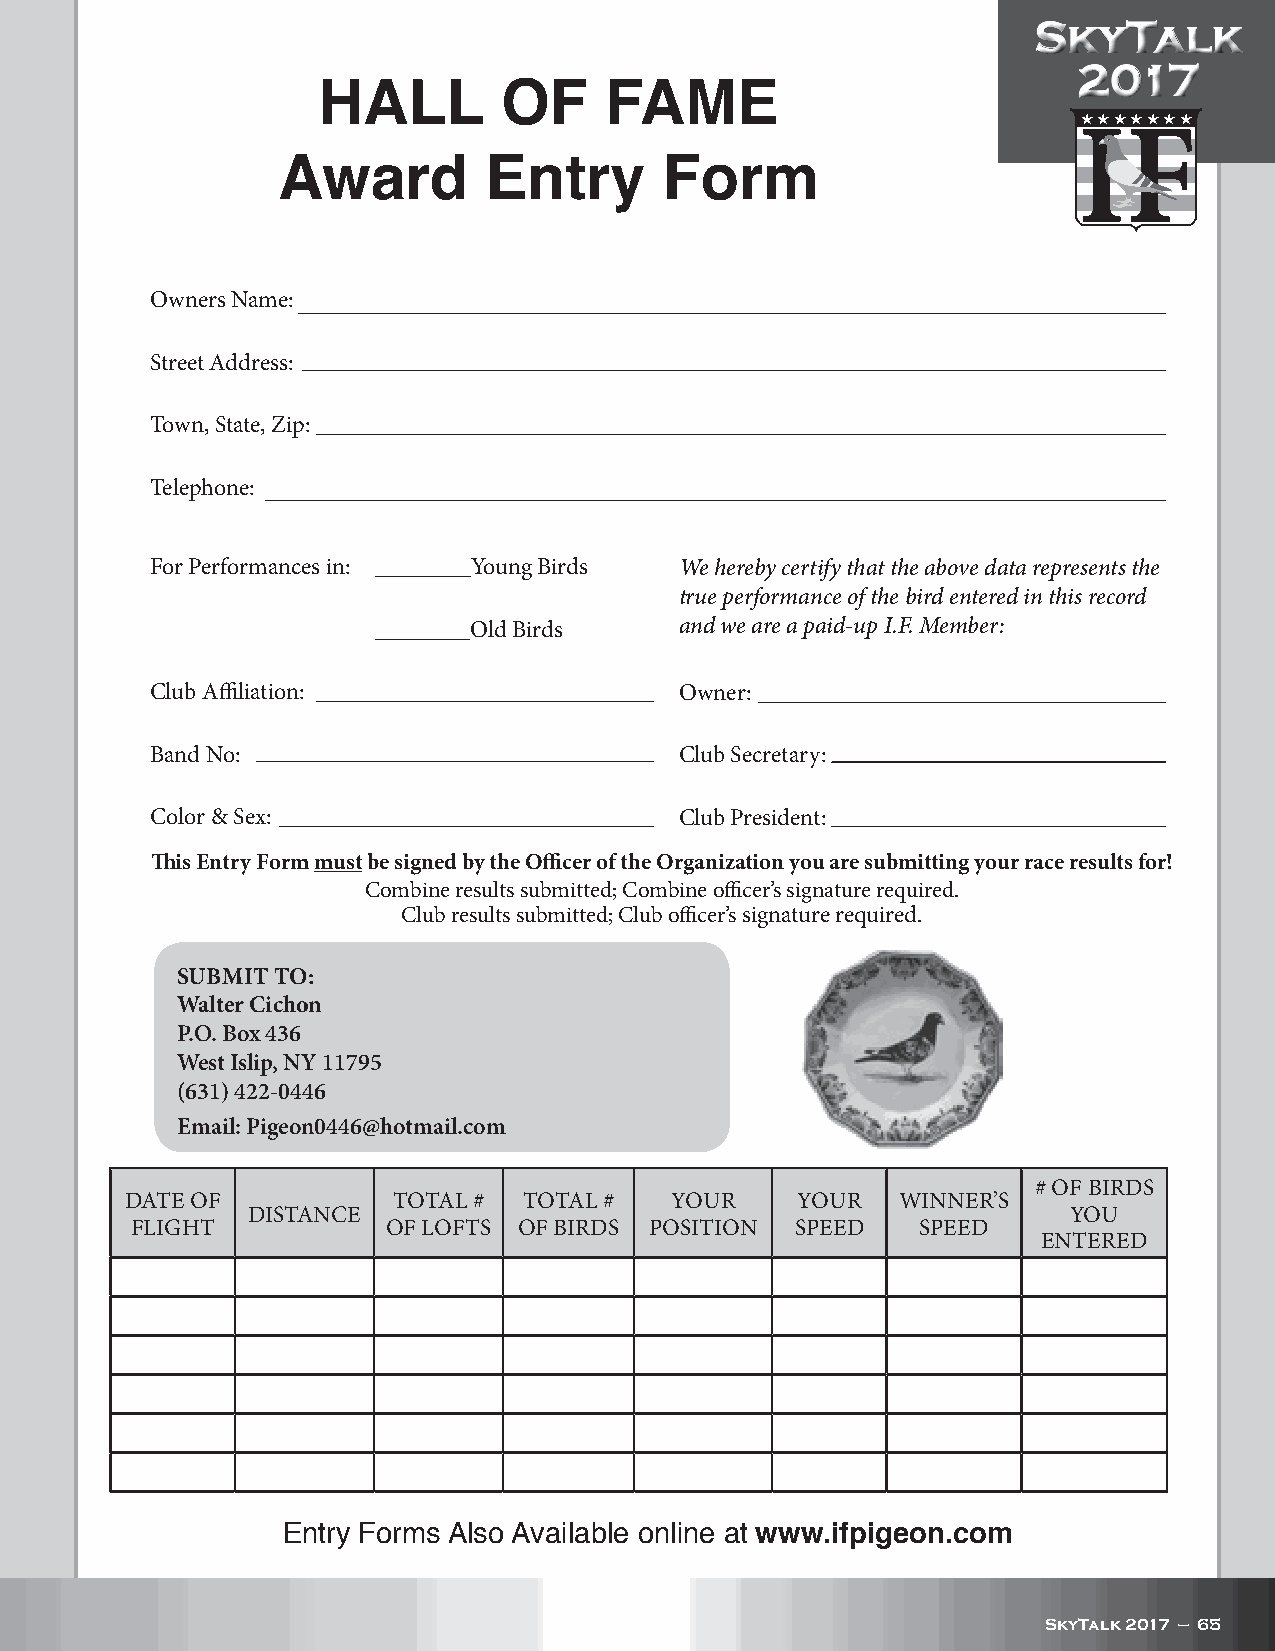
SkyTalk
 2017
 HALL        OF     FAME
 H H H H H H H
 Award         Entry       Form
 Owners Name:
 Street Address:
 Town, State, Zip:
 Telephone:
 For Performances in: ________Young Birds We hereby certify that the above data represents the
 true performance of the bird entered in this record
 ________Old Birds   and we are a paid-up I.F. Member:
 Club Affiliation:                  Owner:
 Band No:                           Club Secretary:
 Color & Sex:                       Club President:
 This Entry Form must be signed by the Officer of the Organization you are submitting your race results for!
 Combine results submitted; Combine officer’s signature required.
 Club results submitted; Club officer’s signature required.
 SUBMIT TO:
 Walter Cichon
 P.O. Box 436
 West Islip, NY 11795
 (631) 422-0446
 Email: Pigeon0446@hotmail.com
 # OF BIRDS
 DATE OF           TOTAL #  TOTAL #  YOUR     YOUR  WINNER’S
 DISTANCE                                               YOU
 FLIGHT           OF LOFTS OF BIRDS POSITION SPEED   SPEED
 ENTERED
 Entry Forms Also Available online at www.ifpigeon.com
 SkyTalk 2017 — 65